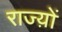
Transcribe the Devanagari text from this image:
राज्य़ों